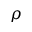
\rho